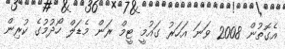
އެގޮތުން 2008 ވަނަ އަހަރު ގައުމީ ޓީމް ރަން މެޑަލް ހޯދުމުގެ ކުރިން